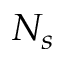
N _ { s }